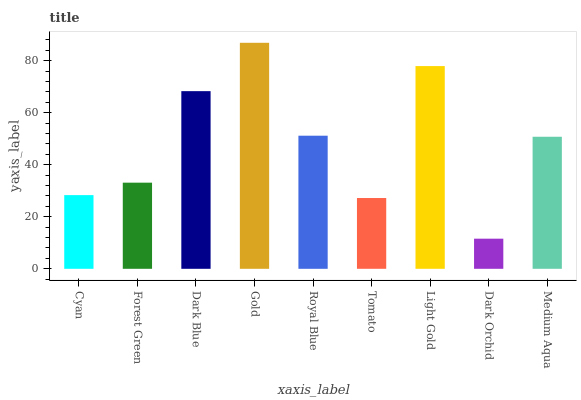
| xaxis_label | bars |
 | --- | --- |
 | Cyan | 28.3 |
 | Forest Green | 33.1 |
 | Dark Blue | 68.3 |
 | Gold | 86.8 |
 | Royal Blue | 51.1 |
 | Tomato | 27.2 |
 | Light Gold | 77.9 |
 | Dark Orchid | 11.6 |
 | Medium Aqua | 50.7 |